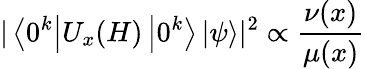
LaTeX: |\left\langle 0^{k}\right|U_{x}(H)\left|0^{k}\right\rangle\left|\psi\right\rangle|^{2}\propto\frac{\nu(x)}{\mu(x)}